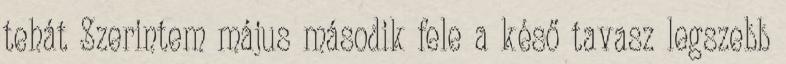
tehát Szerintem május második fele a késő tavasz legszebb